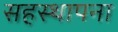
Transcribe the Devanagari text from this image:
सहस्थापना